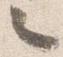
々